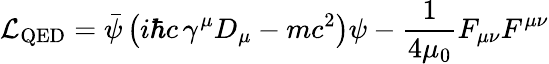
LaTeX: {\mathcal{L}}_{\mathrm{QED}}={\bar{\psi}}\left(i\hbar c\, \gamma^{\mu}D_{\mu}-mc^{2}\right)\psi-{\frac{1}{4\mu_{0}}}F_{\mu\nu}F^{\mu\nu}